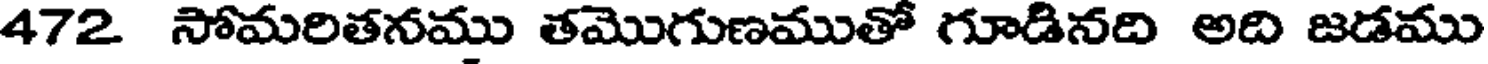
472 సోమరితనము తమొగుణముతో గూడినది అది జడము